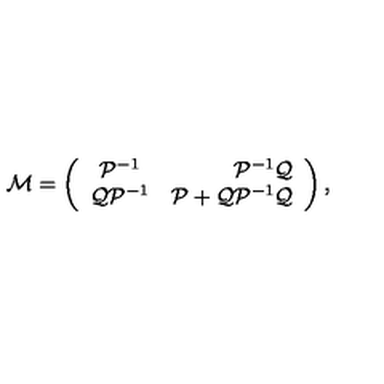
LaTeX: { \cal M } = \left( \begin{array} { c r c } { { \cal P } ^ { - 1 } } & { { \cal P } ^ { - 1 } { \cal Q } } \\ { { \cal Q } { \cal P } ^ { - 1 } } & { { \cal P } + { \cal Q } { \cal P } ^ { - 1 } { \cal Q } } \\ \end{array} \right) ,